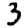
Digit: 3